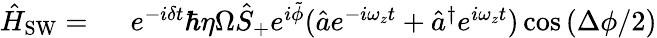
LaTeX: \begin{array}{rl}{\hat{H}_{\mathrm{SW}}=\ }&{{}e^{-i\delta t}\hbar\eta\Omega\hat{S}_{+}e^{i\tilde{\phi}}(\hat{a}e^{-i\omega_{z}t}+\hat{a}^{\dagger}e^{i\omega_{z}t})\cos\left(\Delta\phi/2\right)}\end{array}